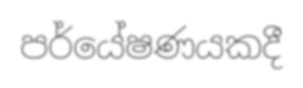
පර්යේෂණයකදී